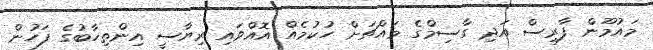
މައުމޫން ފާރިސް އަދި ގާސިމްގެ މައްޗަށް ހުކުމެއް އޮއްވައި ރިޔާސީ އިންތިހާބުގެ ފަހުން